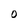
Character: O